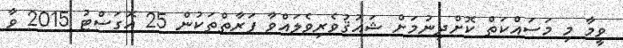
ވީމާ މި މަސައްކަތް ކޮށްދިނުމަށް ޝައުޤުވެރިވެލައްވާ ފަރާތްތަކުން 25 އޮގަސްޓު 2015 ވާ